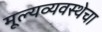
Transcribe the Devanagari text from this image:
मूल्यव्यवस्थेचा